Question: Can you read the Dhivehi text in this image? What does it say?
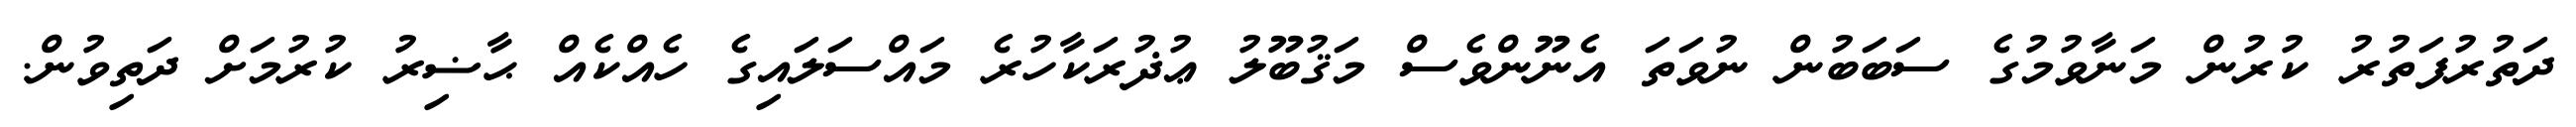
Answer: ދަތުރުފަތުރު ކުރުން މަނާވުމުގެ ސަބަބުން ނުވަތަ އެނޫންވެސް މަޤުބޫލު ޢުޛުރަކާހުރެ މައްސަލައިގެ ހެއްކެއް ޙާޟިރު ކުރުމަށް ދަތިވުން.